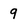
Character: 9